Insane asylums in Bengal annual reports 1867-1875 - 1867-1875
Year: 1867
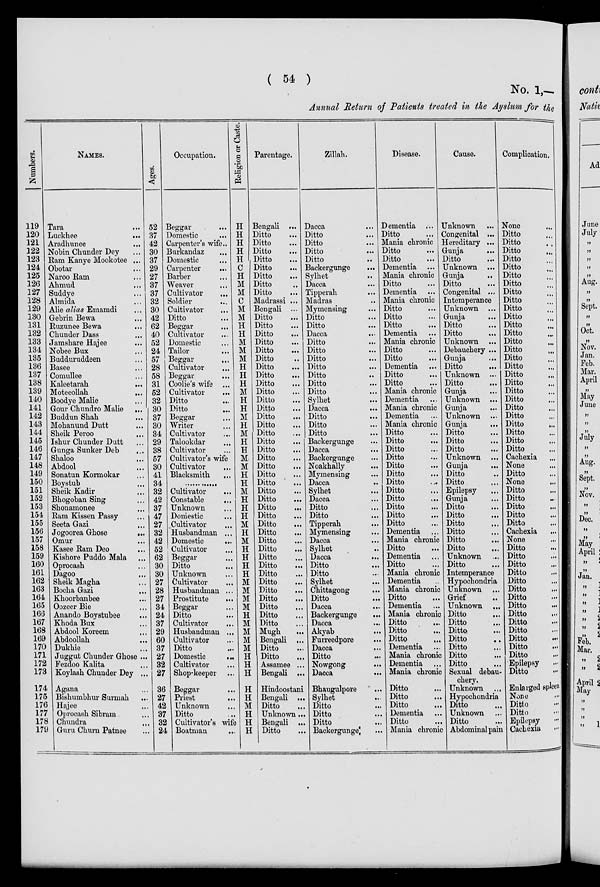
( 54 )
No. 1,—
Annual Return of Patients treated in the Ayslum for the
Numbers.
119
120
121
122
123
124
125
126
127
128
129
130
131
132
133
134
135
136
137
138
139
140
141
142
143
144
145
146
147
148
149
150
151
152
153
154
155
156
157
158
159
160
161
162
163
164
165
166
167
168
169
170
171
172
173
174
175
176
177
178
179
NAMES.
Tara ...
Luckhee ...
Aradhunee ...
Nobin Chunder Dey ...
Ram Kanye Mookotee ...
Obotar ...
Naroo Ram ...
Ahmud ...
Suddye ...
Almida ...
Alie alias Emamdi ...
Gebrin Bewa ...
Ruzunee Bewa ...
Chunder Dass ...
Jamshare Hajee ...
Nobee Bux ...
Budduruddeen ...
Basee ...
Comullee ...
Kaleetarah
...
Moteeollah
...
Boodye Malie ...
Gour Chundro Malie ...
Buddun Shah ...
Mohanund Dutt ...
Sheik Peroo ...
Ishur Chunder Dutt ...
Gunga Sunker Deb
...
Shaloo ...
Abdool ...
Sonatun Kormokar ...
Boystub ...
Sheik Kadir ...
Bhogoban Sing ...
Shonamonee ...
Ram Kissen Passy ...
Seeta Gazi ...
Jogoorea Ghose
...
Omur ...
Kasee Ram Deo ...
Kishore Puddo Mala ...
Oprocash ...
Dagoo ...
Sheik Magha ...
Bocha Gazi ...
Khoorbanbee ...
Oozeer Bie ...
Anando Boystubee ...
Khoda Bux ...
Abdool Koreem ...
Abdoollah ...
Dukhie ...
Juggut Chunder Ghose ...
Fezdoo Kalita ...
Koylash Chunder Dey ...
Agana ...
Bishumbhur Surmah ...
Hajee ...
Oprocash Sibram ...
Chundra
...
Guru Churn Patnee ...
Ages.
52
37
42
30
37
29
27
37
37
32
30
42
62
40
52
24
57
28
58
31
52
32
30
37
30
34
29
38
57
30
41
34
32
42
37
47
27
32
42
52
62
30
30
27
28
27
34
24
37
29
60
37
27
32
27
36
27
42
37
32
24
Occupation.
Beggar ...
Domestic ...
Carpenter's wife ...
Burkandaz ...
Domestic
...
Carpenter ...
Barber ...
Weaver ...
Cultivator ...
Soldier ...
Cultivator
...
Ditto ...
Beggar ...
Cultivator ...
Domestic ...
Tailor ...
Beggar ...
Cultivator ...
Beggar ...
Coolie's wife ...
Cultivator ...
Ditto ...
Ditto ...
Beggar ...
Writer ...
Cultivator ...
Talookdar ...
Cultivator ...
Cultivator's wife
Cultivator ...
Blacksmith ...
...........
Cultivator
...
Constable ...
Unknown ...
Domestic ...
Cultivator ...
Husbandman ...
Domestic
...
Cultivator ...
Beggar ...
Ditto ...
Unknown ...
Cultivator ...
Husbandman ...
Prostitute
...
Beggar ...
Ditto ...
Cultivator
...
Husbandman ...
Cultivator ...
Ditto ...
Domestic
...
Cultivator ...
Shop-keeper ...
Beggar ...
Priest ...
Unknown ...
Ditto ...
Cultivator's wife
Boatman ...
Religion or Caste.
H
H
H
H
H
C
H
M
M
C
M
M
H
H
M
M
M
H
H
H
M
H
H
M
H
M
H
H
M
M
H
H
M
H
H
H
M
H
M
H
H
H
H
M
M
M
M
H
M
M
M
M
H
H
H
H
H
M
H
H
H
Parentage.
Bengali ...
Ditto ...
Ditto ...
Ditto ...
Ditto ...
Ditto ...
Ditto ...
Ditto ...
Ditto
...
Madrassi ...
Bengali ...
Ditto ...
Ditto ...
Ditto ...
Ditto ...
Ditto ...
Ditto ...
Ditto ...
Ditto ...
Ditto ...
Ditto ...
Ditto ...
Ditto ...
Ditto ...
Ditto ...
Ditto ...
Ditto ...
Ditto ...
Ditto ...
Ditto ...
Ditto ...
Ditto
...
Ditto ...
Ditto ...
Ditto ...
Ditto ...
Ditto ...
Ditto ...
Ditto ...
Ditto ...
Ditto ...
Ditto ...
Ditto ...
Ditto ...
Ditto ...
Ditto ...
Ditto ...
Ditto ...
Ditto ...
Mugh ...
Bengali ...
Ditto ...
Ditto ...
Assamee ...
Bengali ...
Hindoostani
Bengali ...
Ditto
...
Unknown ...
Bengali ...
Ditto ...
Zillah.
Dacca ...
Ditto ...
Ditto ...
Ditto ...
Ditto ...
Backergunge ...
Sylhet ...
Dacca ...
Tipperah ...
Madras ...
Mymensing ...
Ditto ...
Ditto ...
Dacca ...
Ditto ...
Ditto ...
Ditto ...
Ditto ...
Ditto ...
Ditto ...
Ditto ...
Sylhet ...
Dacca
...
Ditto ...
Ditto ...
Ditto ...
Backergunge ...
Dacca ...
Backergunge ...
Noakhally ...
Mymensing ...
Dacca ...
Sylhet ...
Dacca ...
Ditto ...
Ditto ...
Tipperah ...
Mymensing ...
Dacca ...
Sylhet ...
Dacca
...
Ditto ...
Ditto ...
Sylhet ...
Chittagong ...
Ditto ...
Dacca ...
Backergunge ...
Dacca ...
Akyab ...
Furreedpore ...
Dacca ...
Ditto...
Nowgong ...
Dacca
...
Bhaugulpore
...
Sylhet ...
Ditto ...
Ditto ...
Ditto ...
Backergunge ...
Disease.
Dementia ...
Ditto ...
Mania chronic
Ditto ...
Ditto ...
Dementia ...
Mania chronic
Ditto ...
Dementia ...
Mania chronic
Ditto ...
Ditto ...
Ditto ...
Dementia ...
Mania chronic
Ditto ...
Ditto ...
Dementia ...
Ditto ...
Ditto ...
Mania chronic
Dementia ...
Mania chronic
Dementia ...
Mania chronic
Ditto ...
Ditto ...
Ditto ...
Ditto ...
Ditto ...
Ditto ...
Ditto ...
Ditto ...
Ditto ...
Ditto ...
Ditto ...
Ditto ...
Dementia ...
Mania chronic
Ditto ...
Dementia ...
Ditto ...
Mania chronic
Dementia ...
Mania chronic
Ditto ...
Dementia ...
Mania chronic
Ditto ...
Ditto ...
Ditto
...
Dementia ...
Mania chronic
Dementia ...
Mania chronic
Ditto ...
Ditto ...
Ditto ...
Dementia ...
Ditto ...
Mania chronic
Cause.
Unknown ...
Congenital ...
Hereditary ...
Gunja ...
Ditto ...
Unknown ...
Gunja ...
Ditto ...
Congenital ...
Intemperance
Unknown ...
Gunja ...
Ditto ...
Ditto ...
Unknown ...
Debauchery ...
Gunja ...
Ditto ...
Unknown ...
Ditto ...
Gunja ...
Unknown ...
Gunja ...
Unknown ...
Gunja ...
Ditto ...
Ditto ...
Ditto ...
Unknown ...
Gunja ...
Ditto ...
Ditto ...
Epilepsy ...
Gunja ...
Ditto ...
Ditto ...
Ditto ...
Ditto ...
Ditto ...
Ditto ...
Unknown ...
Ditto ...
Intemperance
Hypochondria
Unknown ...
Grief ...
Unknown ...
Ditto ...
Ditto
...
Ditto ...
Ditto
...
Ditto ...
Ditto ...
Ditto ...
Sexual debau-
chery.
Unknown ...
Hypochondria ...
Ditto
...
Unknown ...
Ditto ...
Abdominal pain
Complication.
None ...
Ditto ...
Ditto ...
Ditto ...
Ditto ...
Ditto ...
Ditto ...
Ditto ...
Ditto ...
Ditto ...
Ditto ...
Ditto ...
Ditto ...
Ditto ...
Ditto ...
Ditto ...
Ditto ...
Ditto ...
Ditto ...
Ditto ...
Ditto ...
Ditto ...
Ditto ...
Ditto ...
Ditto
...
Ditto ...
Ditto ...
Ditto ...
Cachexia ...
None ...
Ditto ...
None ...
Ditto ...
Ditto ...
Ditto ...
Ditto ...
Ditto ...
Cachexia ...
None ...
Ditto ...
Ditto ...
Ditto
...
Ditto ...
Ditto ...
Ditto ...
Ditto ...
Ditto ...
Ditto ...
Ditto ...
Ditto ...
Ditto
...
Ditto ...
Ditto ...
Epilepsy ...
Ditto ...
Enlarged spleen
None ...
Ditto ...
Ditto ...
Epilepsy ...
Cachexia ...